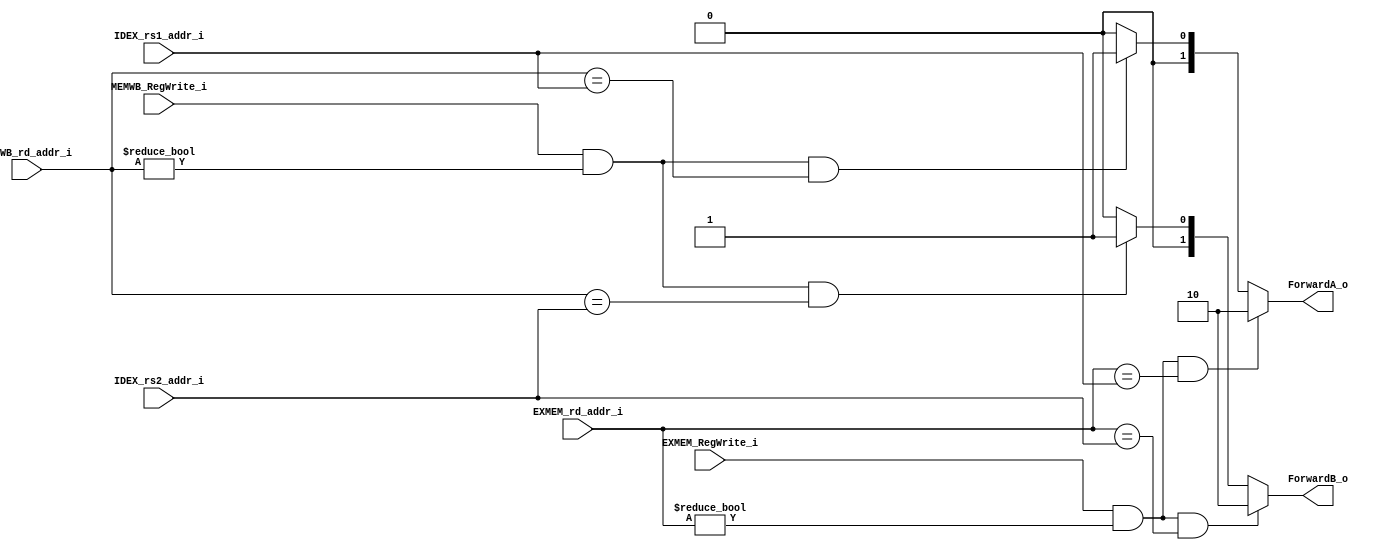
module Forward
(
	IDEX_rs1_addr_i,
	IDEX_rs2_addr_i,
	EXMEM_rd_addr_i,
	MEMWB_rd_addr_i,
	EXMEM_RegWrite_i,
	MEMWB_RegWrite_i,
	ForwardA_o,
	ForwardB_o
);

// Ports
input   [4:0] IDEX_rs1_addr_i, IDEX_rs2_addr_i; 
input   [4:0] EXMEM_rd_addr_i, MEMWB_rd_addr_i;
input		  EXMEM_RegWrite_i, MEMWB_RegWrite_i;
output  [1:0] ForwardA_o, ForwardB_o;

// Wires
wire EX_hazardA, EX_hazardB;
wire MEM_hazardA, MEM_hazardB;

assign EX_hazardA = (EXMEM_RegWrite_i == 1'b1) && (EXMEM_rd_addr_i != 5'b0) && (EXMEM_rd_addr_i == IDEX_rs1_addr_i);
assign EX_hazardB = (EXMEM_RegWrite_i == 1'b1) && (EXMEM_rd_addr_i != 5'b0) && (EXMEM_rd_addr_i == IDEX_rs2_addr_i);
assign MEM_hazardA = (MEMWB_RegWrite_i == 1'b1) && (MEMWB_rd_addr_i != 5'b0) && (MEMWB_rd_addr_i == IDEX_rs1_addr_i);
assign MEM_hazardB = (MEMWB_RegWrite_i == 1'b1) && (MEMWB_rd_addr_i != 5'b0) && (MEMWB_rd_addr_i == IDEX_rs2_addr_i);

assign ForwardA_o = (EX_hazardA == 1) ? 2'b10 :
					(MEM_hazardA == 1) ? 2'b01 :
					2'b00;

assign ForwardB_o = (EX_hazardB == 1) ? 2'b10 :
					(MEM_hazardB == 1) ? 2'b01 :
					2'b00;  

endmodule